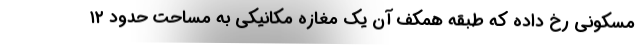
مسکونی رخ داده که طبقه همکف آن یک مغازه مکانیکی به مساحت حدود ۱۲